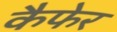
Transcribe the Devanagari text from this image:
कैफेर